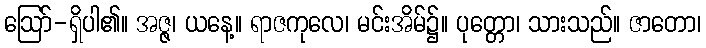
ဩော်-ရှိပါ၏။ အဇ္ဇ၊ ယနေ့။ ရာဇကုလေ၊ မင်းအိမ်၌။ ပုတ္တော၊ သားသည်။ ဇာတော၊